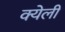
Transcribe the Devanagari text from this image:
क्येली